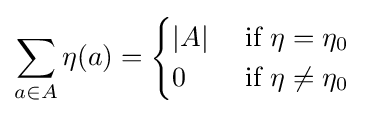
\sum _{a\in A}\eta (a)={\begin{cases}|A|&{\text{ if  }}\eta =\eta _{0}\\0&{\text{ if  }}\eta \neq \eta _{0}\end{cases}}